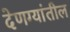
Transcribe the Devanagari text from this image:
देणग्यांतील